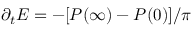
\partial _ { t } E = - [ P ( \infty ) - P ( 0 ) ] / \pi